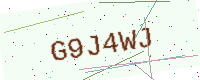
Text: G9J4WJ